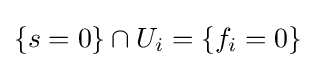
\{s=0\}\cap U_{i}=\{f_{i}=0\}